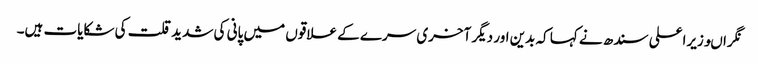
نگراںوزیراعلی سندھ نے کہا کہ بدین اور دیگر آخری سرے کے علاقوں میں پانی کی شدید قلت کی شکایات ہیں۔